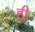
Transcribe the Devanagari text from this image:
हुी